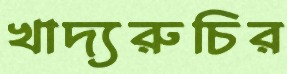
খাদ্যরুচির